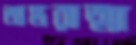
অন্তরাত্মা